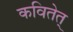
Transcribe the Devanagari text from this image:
कवितेत्